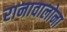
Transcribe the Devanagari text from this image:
रानावालोना